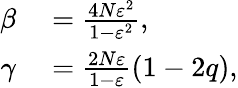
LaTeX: \begin{array}{rl}{\beta}&{{}=\frac{4N\varepsilon^{2}}{1-\varepsilon^{2}},}\\ {\gamma}&{{}=\frac{2N\varepsilon}{1-\varepsilon}\left(1-2q\right),}\end{array}